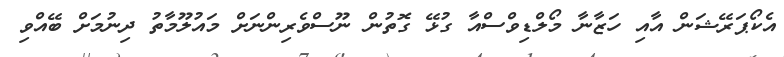
އެކޯޕަރޭޝަން އާއި ހަޒާނާ މޯލްޑިވްސްއާ ގުޅޭ ގޮތުން ނޫސްވެރިންނަށް މައުލޫމާތު ދިނުމަށް ބޭއްވި